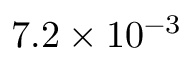
7 . 2 \times 1 0 ^ { - 3 }